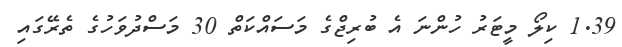
1.39 ކިލޯ މީޓަރު ހުންނަ އެ ބުރިޖްގެ މަސައްކަތް 30 މަސްދުވަހުގެ ތެރޭގައި